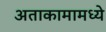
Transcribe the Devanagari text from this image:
अताकामामध्ये